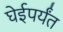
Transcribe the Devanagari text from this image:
घेईपर्यंत